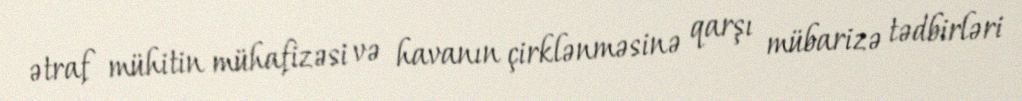
ətraf mühitin mühafizəsi və havanın çirklənməsinə qarşı mübarizə tədbirləri